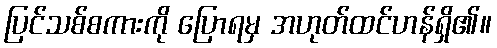
ပြင်သစ်စကားကို ပြောရမှ အဟုတ်ထင်ဟန်ရှိ၏။